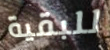
للبقية